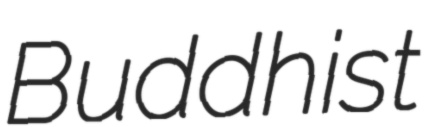
Buddhist